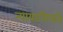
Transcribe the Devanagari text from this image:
न्यायाधिपति